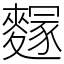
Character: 䴿